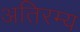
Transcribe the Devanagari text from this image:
अतिरम्य